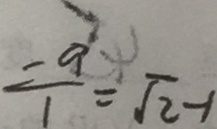
\frac { - a } { 1 } = \sqrt { 2 } - 1